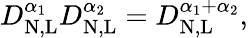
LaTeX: D_{\mathrm{N,L}}^{\alpha_{1}}D_{\mathrm{N,L}}^{\alpha_{2}}=D_{\mathrm{N,L}}^{\alpha_{1}+\alpha_{2}},